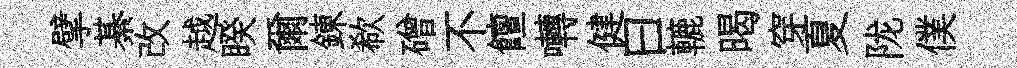
擘綦改越睽爾錬欷磳不饘囀健曰轆暍穿夏陇僕